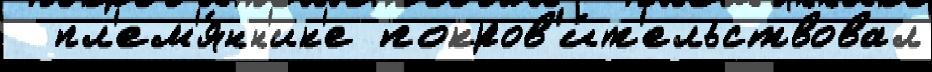
  пл'ем'я́нн'ик'е покров'и́т'ельствовал